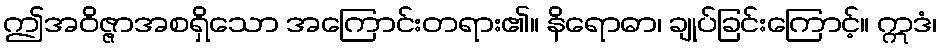
ဤအဝိဇ္ဇာအစရှိသော အကြောင်းတရား၏။ နိရောဓာ၊ ချုပ်ခြင်းကြောင့်။ ဣဒံ၊